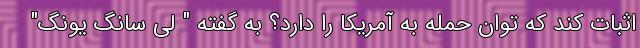
اثبات کند که توان حمله به آمریکا را دارد؟ به گفته " لی سانگ یونگ"